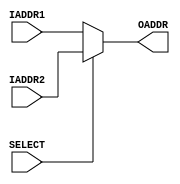
module addressMux2(
IADDR1  ,	// First Input Address (Input)
IADDR2  ,	// Second Input Address (Input)
SELECT  ,	// Select Input Address (Input)
OADDR       // Output Address (Output)
);

parameter ADDR_WIDTH = 11;

//--------------Input Ports----------------------------
input   [ADDR_WIDTH-1:0]    IADDR1;
input   [ADDR_WIDTH-1:0] 	IADDR2;
input                       SELECT;

//--------------Output Ports---------------------------
output wire [ADDR_WIDTH-1:0]    OADDR;

//-------------Processing Starts Here------------------

// Multiplexer Selection Continuos Assign
assign OADDR = (SELECT) ? IADDR2 : IADDR1;

endmodule